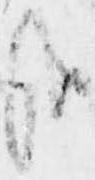
哉